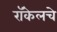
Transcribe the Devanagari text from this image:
रॉकेलचे